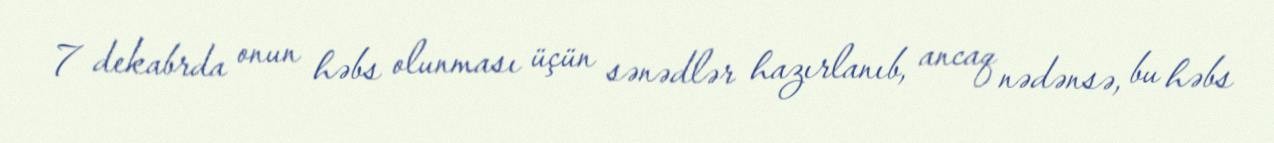
7 dekabrda onun həbs olunması üçün sənədlər hazırlanıb, ancaq nədənsə, bu həbs